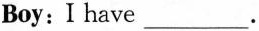
Boy:I have___.